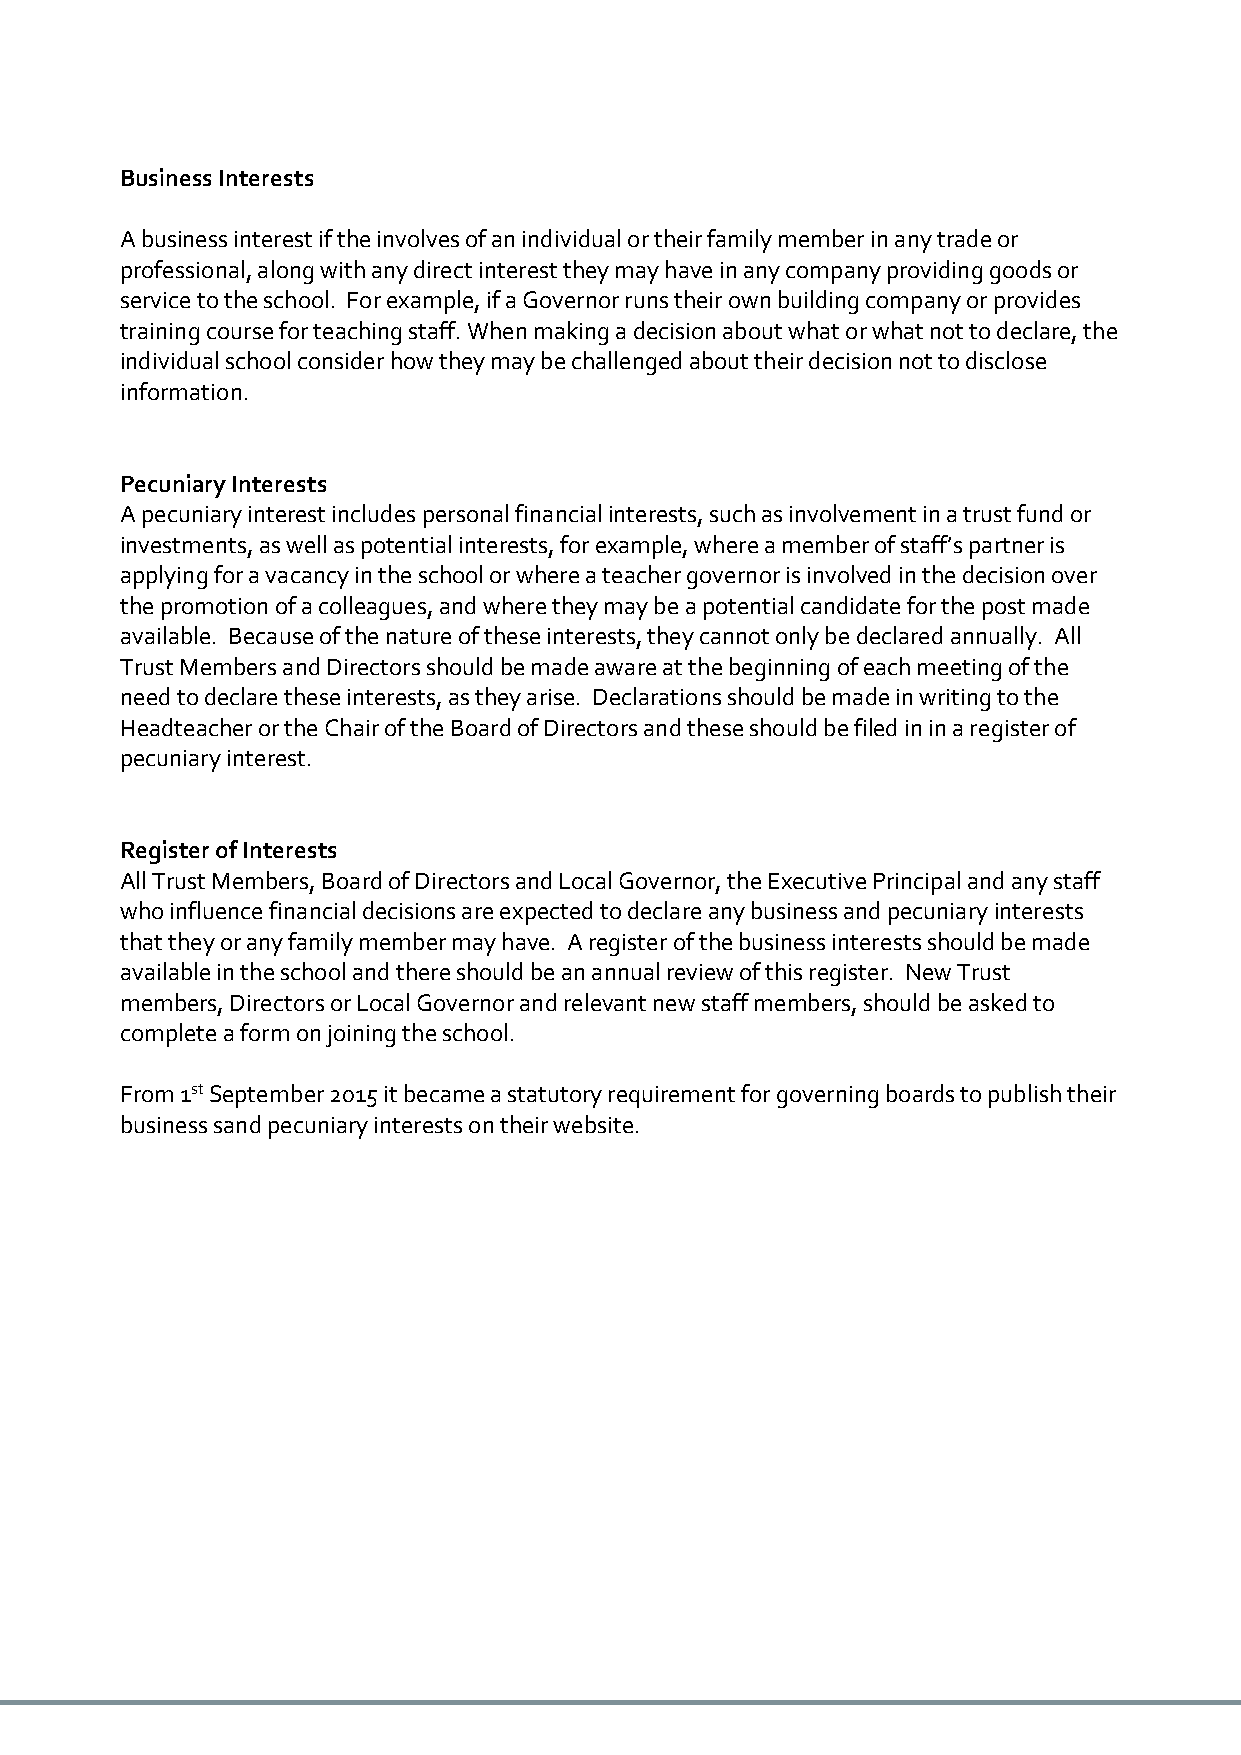
Business Interests
 A business interest if the involves of an individual or their family member in any trade or
 professional, along with any direct interest they may have in any company providing goods or
 service to the school. For example, if a Governor runs their own building company or provides
 training course for teaching staff. When making a decision about what or what not to declare, the
 individual school consider how they may be challenged about their decision not to disclose
 information.
 Pecuniary Interests
 A pecuniary interest includes personal financial interests, such as involvement in a trust fund or
 investments, as well as potential interests, for example, where a member of staff’s partner is
 applying for a vacancy in the school or where a teacher governor is involved in the decision over
 the promotion of a colleagues, and where they may be a potential candidate for the post made
 available. Because of the nature of these interests, they cannot only be declared annually. All
 Trust Members and Directors should be made aware at the beginning of each meeting of the
 need to declare these interests, as they arise. Declarations should be made in writing to the
 Headteacher or the Chair of the Board of Directors and these should be filed in in a register of
 pecuniary interest.
 Register of Interests
 All Trust Members, Board of Directors and Local Governor, the Executive Principal and any staff
 who influence financial decisions are expected to declare any business and pecuniary interests
 that they or any family member may have. A register of the business interests should be made
 available in the school and there should be an annual review of this register. New Trust
 members, Directors or Local Governor and relevant new staff members, should be asked to
 complete a form on joining the school.
 From 1st September 2015 it became a statutory requirement for governing boards to publish their
 business sand pecuniary interests on their website.